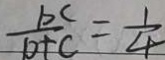
\frac { b c } { b + c } = \frac { 1 } { 4 }